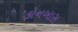
કોનબાસ